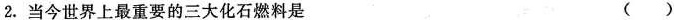
2. 当今世界上最重要的三大化石燃料是 ( )